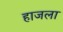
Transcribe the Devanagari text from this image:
हाजला